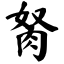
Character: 胬